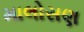
માલોસણ